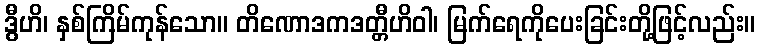
ဒွီဟိ၊ နှစ်ကြိမ်ကုန်သော။ တိဏောဒကဒတ္တီဟိဝါ၊ မြက်ရေကိုပေးခြင်းတို့ဖြင့်လည်း။